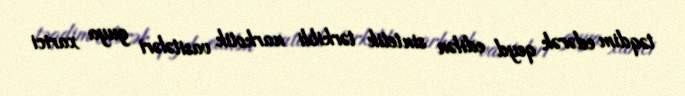
təqdim edərək qeyd edilən sintetik tərkibli narkotik vasitələri guya xarici